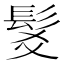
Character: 𩬃